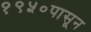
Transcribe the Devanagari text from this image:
१९५०पासून